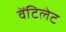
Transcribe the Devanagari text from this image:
वेंटिलेट